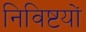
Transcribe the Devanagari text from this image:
निविष्टयों